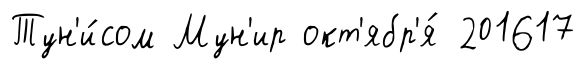
Тун'и́сом Мун'ир окт'ябр'я́ 201617